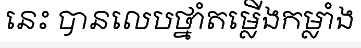
នេះ បានលេបថ្នាំតម្លើងកម្លាំង